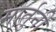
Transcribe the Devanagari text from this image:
मार्तुनी